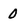
Character: 0